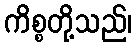
ကိစ္စတို့သည်၊